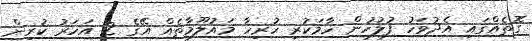
ގޮތެއްގައި އެދުވަހު ފުލުހުން ހާމަކުރި ހުރިހާ މައުލޫމާތެއް އޭގެ 2 އަހަރު ކުރިން